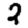
Digit: 2